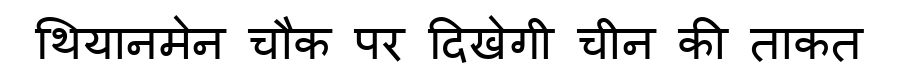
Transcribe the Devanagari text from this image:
थियानमेन चौक पर दिखेगी चीन की ताकत